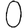
Digit: 0